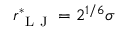
r _ { \mathrm { ~ L ~ J ~ } } ^ { * } = 2 ^ { 1 / 6 } \sigma